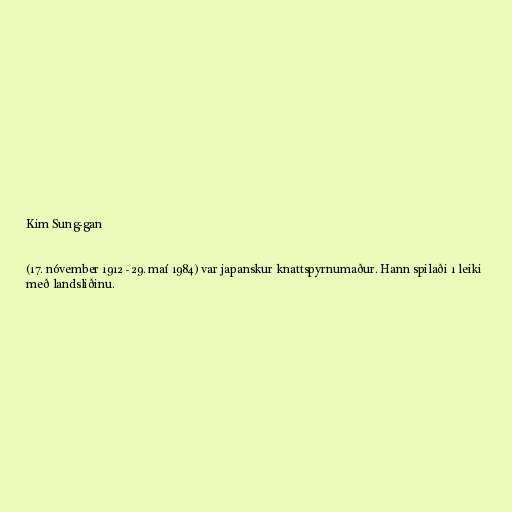
Kim Sung-gan

(17. nóvember 1912 - 29. maí 1984) var japanskur knattspyrnumaður. Hann spilaði 1 leiki
með landsliðinu.